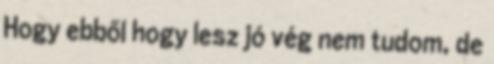
Hogy ebből hogy lesz jó vég nem tudom, de